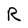
Character: R